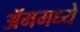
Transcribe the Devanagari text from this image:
ॲममध्ये